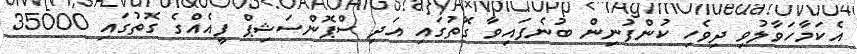
އެކަމާހަވާލުވި ދިވެހި ކުންފުނިން ބުނެފައިވާ ގޮތުގައި އަދި ސްޕޮންސަޝިޕް ފީއެއްގެ ގޮތުގައި 35000